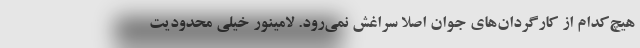
هیچ‌کدام از کارگردان‌های جوان اصلا سراغش نمی‌رود. لامینور خیلی محدودیت